Annual returns of the Patna Lunatic Asylum at Bankipore in Bihar and Orissa - 1912-1924
Year: 1912
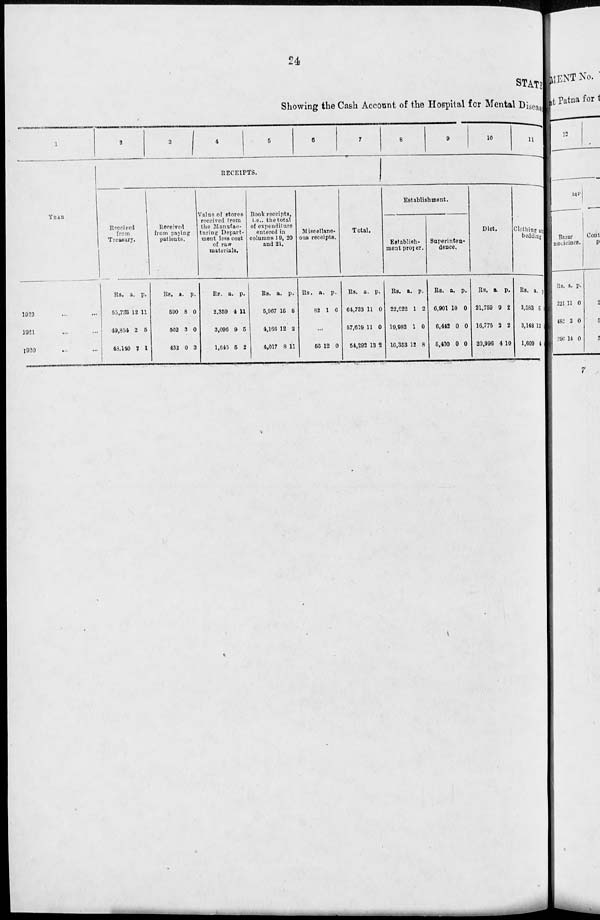
24
STATE
Showing the Cash Account of the Hospital for Mental Disease
1
YEAR
1922 ... ...
1921 ... ...
1920 ... ...
2
3
4
5
6
7
RECEIPTS.
Received
from
Treasury.
Rs.
55,733
49,854
48,140
a.
12
2
2
p.
11
5
1
Received
from paying
patients.
Rs.
590
502
432
a.
8
3
0
p.
0
0
3
Value of stores
received from
the Manufac-
turing Depart-
ment less cost
of raw
materials.
Rs.
2,359
3,096
1,646
a.
4
9
5
p.
11
5
2
Book receipts,
i.e., the total
of expenditure
entered in
columns 19, 20
and 21.
Rs.
5,967
4,166
4,017
a.
15
12
8
p.
8
2
11
Miscellane-
ous receipts.
Rs.
82
a.
1
p.
6
...
56 12 0
Total.
Rs.
64,733
57,619
54,292
a.
11
11
13
p.
0
0
2
8
9
10
11
Establishment.
Establish-
ment proper.
Rs.
22,022
19,982
16,353
a.
1
1
12
p.
2
0
8
Superinten-
dence.
Rs.
6,901
6,442
5,400
a.
10
0
0
p.
0
0
0
Diet.
Rs.
21,759
16,775
20,996
a.
9
2
4
p.
2
2
10
Clothing and
bedding.
Rs.
3,583
3,148
1,609
a.
5
13
4
p.
0
0
0